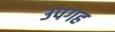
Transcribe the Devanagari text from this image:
उपगह